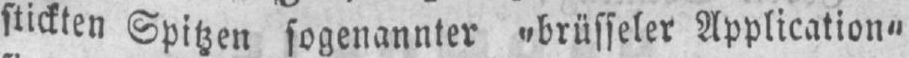
stickten Spitzen sogenannter „brüsseler Application“